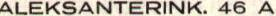
ALEKSANTERINK. 46 A